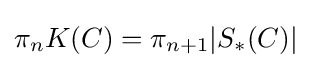
\pi _{n}K(C)=\pi _{n+1}|S_{*}(C)|